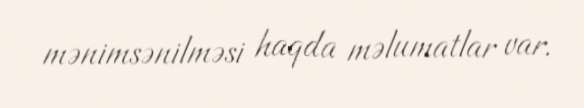
mənimsənilməsi haqda məlumatlar var.